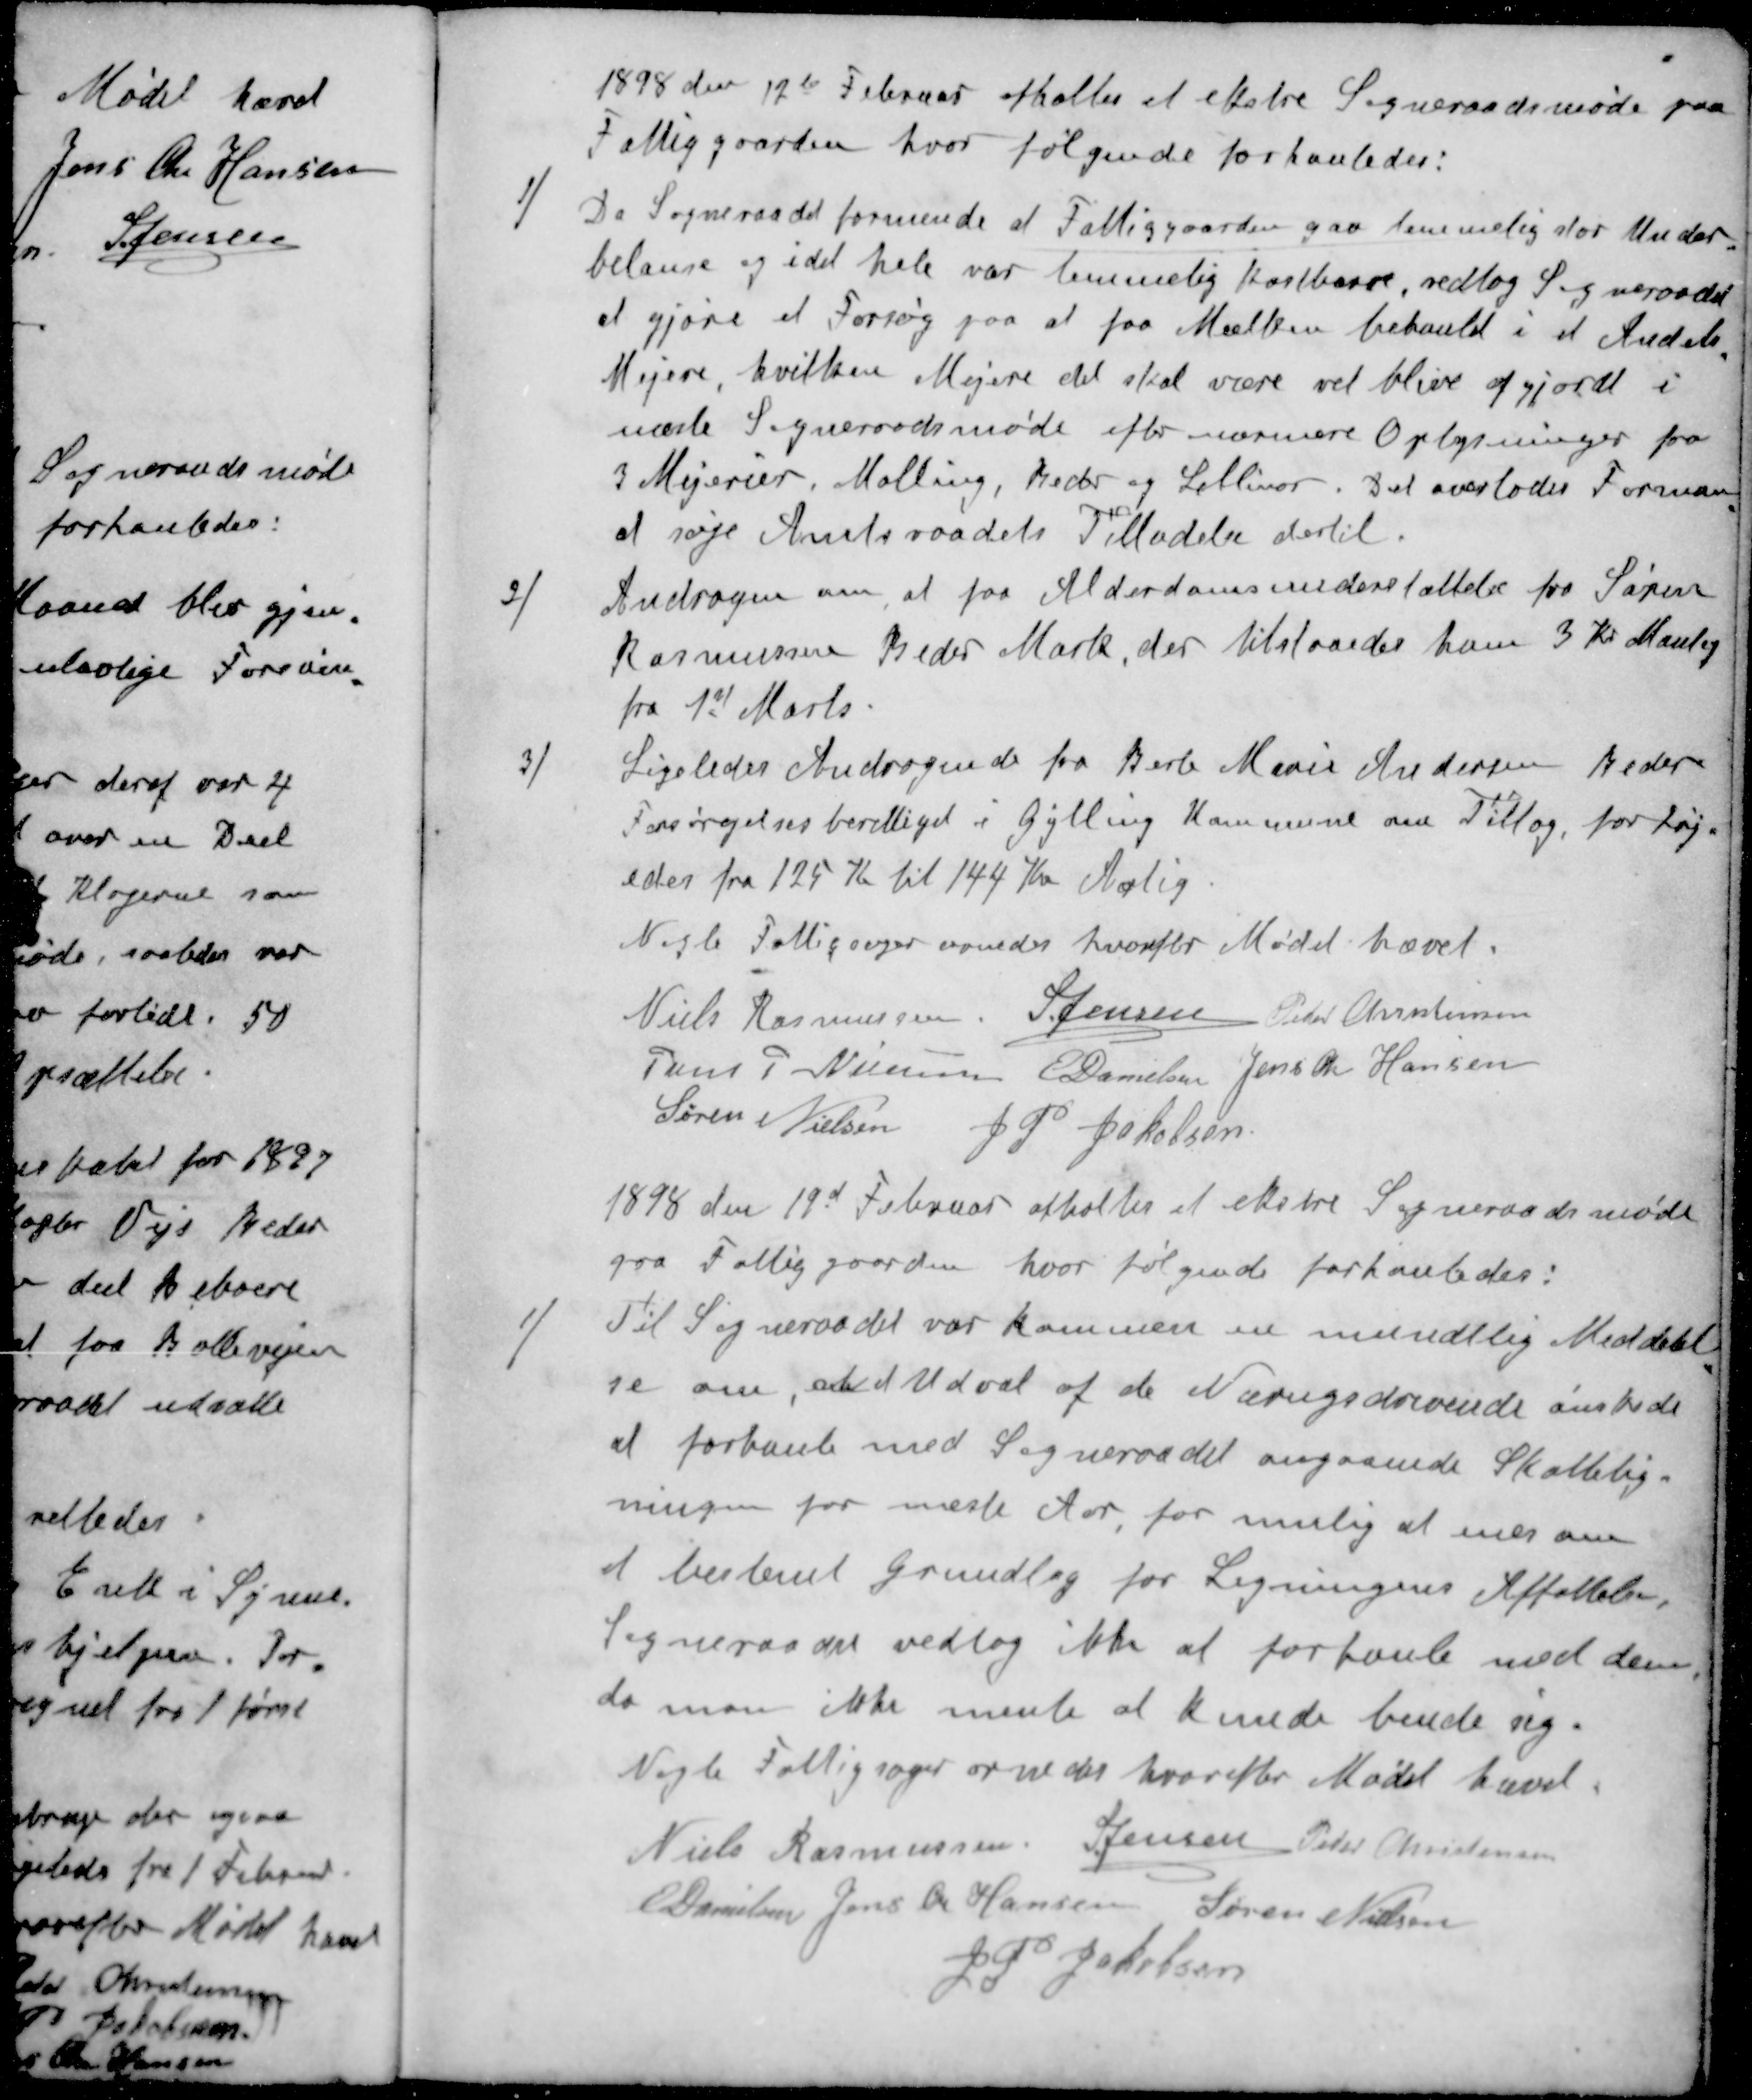
Transskription:
1898 den 17de Februar afholtes et ekstre Sogneraadsmøde paa
Fattiggaarden, hvor følgende forhanledes:
1 ) Da Sogneraadet formende at Fattiggaarden gav temmelig stor Under-
belance og i det hele var temmelig kostbar, vedtog Sogneraadet
at gjøre et Forsøg paa at faa Mælken behanld i et Andels
Mejeri, hvilken Mejeri det skal være vil blive afgjordt i
næste Sogneraadsmøde efter nærmere Oplysninger fra
3 Mejerier, Malling, Beder og Lillinor. Det overlodes Forman
at søge Amtsraadets Tilladelse dertil.
2 )Andragen om at faa Alderdomsunderstøttelse fra Søren
Rasmussen Beder Mark, der tilstaaedes ham 3 Kr Manlig
fra 1st Marts.
3 )Ligeledes Andragende fra Berb Marie Andersen Beder
Forsørgelsesberettiget i Gylling Kommune om Tillæg. forhøj- 
edes fra 125 Kr til 144 Kr Aarlig.
Nogle Fattigsager ornedes hvorfor Mødet hævet.
Niels Rasmussen
S Jensen
Peder Christensen
Jens P Nielsen
E Danielsen
Jens Chr Hansen
Søren Nielsen
J. P. Jakobsen
1898 den 19d Februar afholtes et ekstre Sogneraadsmøde
paa Fattiggaarden hvor følgende forhanledes:
1 )Til Sogneraadet var kommen en mundtlig Meddelel-
se om, at et Udval af de Næringsdrivende ønskede
at forhanle med Sogneraadet angaaende Skattelig-
ningen for næste Aar, for mulig at enes om
et bestemt Grundlag for Ligningens Affattelse,
Sogneraadet vedtog ikke at forhanle med dem
da man ikke mente at kunde binde sig.
Nogle Fattigsager ornedes hvorefter Mødet hævet.
Niels Rasmussen
S Jensen
Peder Christensen
E Danielsen
Jens Chr Hansen
Søren Nielsen
J.P. Jakobsen